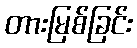
တားမြစ်ခြင်း